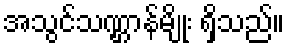
အသွင်သဏ္ဌာန်မျိုး ရှိသည်။